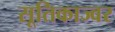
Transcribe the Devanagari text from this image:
सूतिकाज्वर